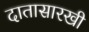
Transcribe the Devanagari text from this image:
दातासारखी